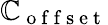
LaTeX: \mathbb{C}_{\mathrm{{~o~f~f~s~e~t~}}}